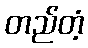
တည်တံ့